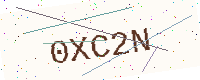
Text: 0XC2N